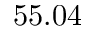
5 5 . 0 4